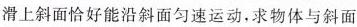
滑上斜面恰好能沿斜面匀速运动，求物体与斜面